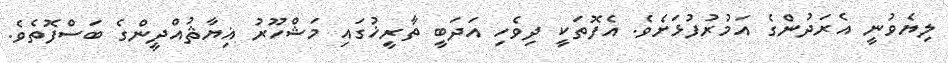
ލިޔެވުނީ އެރަދުންގެ އަމުރުފުޅަށެވެ. އެފޮތަކީ ދިވެހި އަދަބީ ތާރީޚުގައި މަޝްހޫރު ޣިޔާޘުއްދީންގެ ބަސްފޮތެވެ.